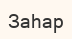
Заһар